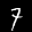
Label: 7